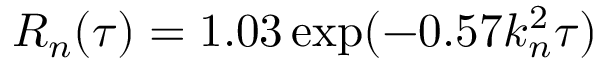
R _ { n } ( \tau ) = 1 . 0 3 \exp ( - 0 . 5 7 k _ { n } ^ { 2 } \tau )